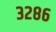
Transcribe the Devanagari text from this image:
३२८६